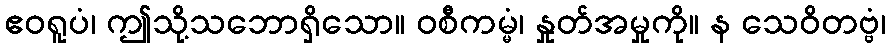
ဧဝရူပံ၊ ဤသို့သဘောရှိသော။ ဝစီကမ္မံ၊ နှုတ်အမှုကို။ န သေဝိတဗ္ဗံ၊